Scottish Leaving Certificate Examination, 1961
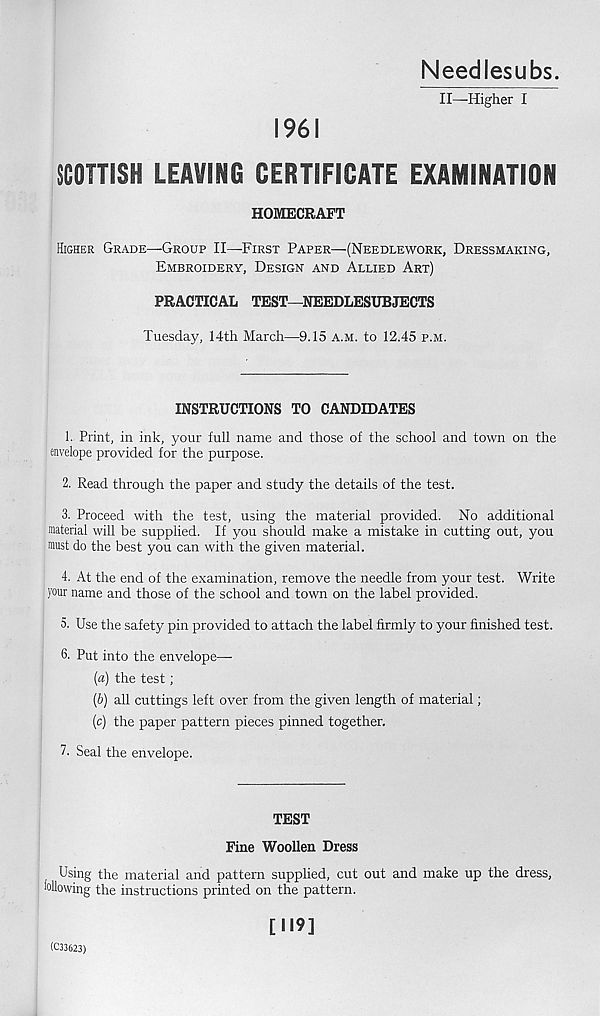
Needlesubs.
II—Higher I
1961
SCOTTISH LEAVING CERTIFICATE EXAMINATION
HOMECRAFT
Higher Grade—Group II—First Paper—(Needlework, Dressmaking,
Embroidery, Design and Allied Art)
PRACTICAL TEST—NEEDLESUBJECTS
Tuesday, 14th March—9.15 a.m. to 12.45 p.m.
INSTRUCTIONS TO CANDIDATES
1. Print, in ink, your full name and those of the school and town on the
envelope provided for the purpose.
2. Read through the paper and study the details of the test.
3. Proceed with the test, using the material provided. No additional
material will be supplied. If you should make a mistake in cutting out, you
must do the best you can with the given material.
4. At the end of the examination, remove the needle from your test. Write
your name and those of the school and town on the label provided.
5. Use the safety pin provided to attach the label firmly to your finished test.
6. Put into the envelope—
(«) the test;
(b) all cuttings left over from the given length of material;
(c) the paper pattern pieces pinned together.
7. Seal the envelope.
TEST
Fine Woollen Dress
Using the material and pattern supplied, cut out and make up the dress,
following the instructions printed on the pattern.
(C33623)
[119]